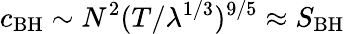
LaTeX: c_{\mathrm{BH}}\sim N^{2}(T/\lambda^{1/3})^{9/5}\approx S_{\mathrm{BH}}